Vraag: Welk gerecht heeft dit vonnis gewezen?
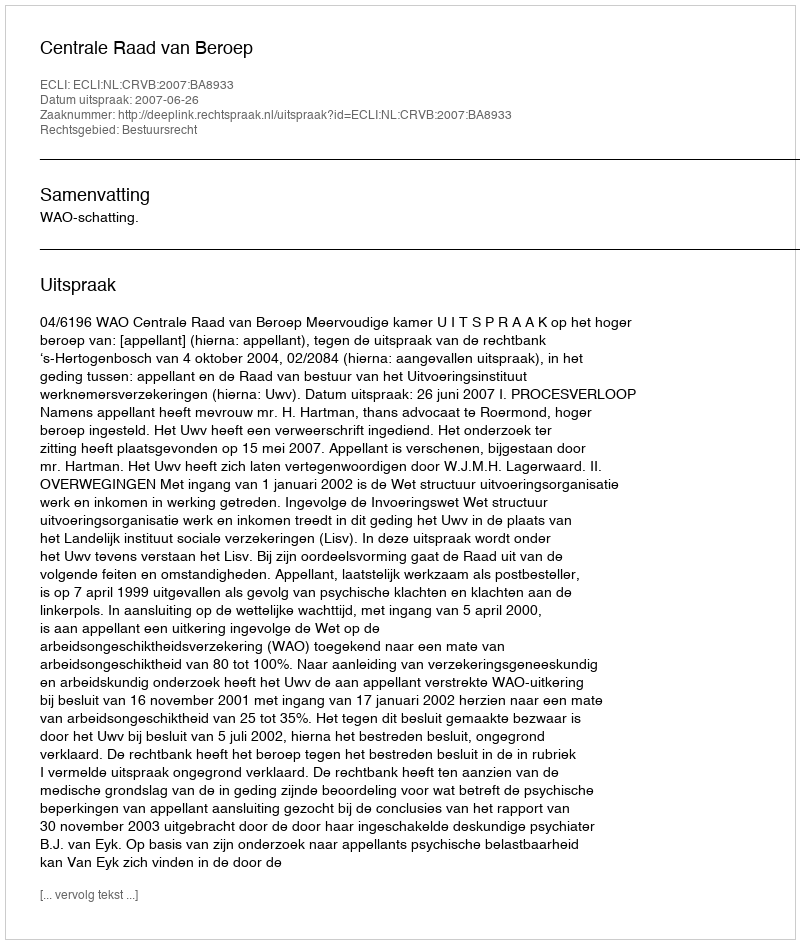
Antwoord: Centrale Raad van Beroep